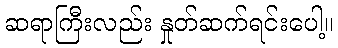
ဆရာကြီးလည်း နှုတ်ဆက်ရင်းပေါ့။